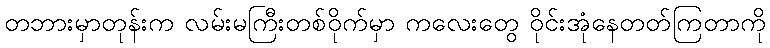
တဘားမှာတုန်းက လမ်းမကြီးတစ်ဝိုက်မှာ ကလေးတွေ ဝိုင်းအုံနေတတ်ကြတာကို